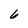
Character: 6